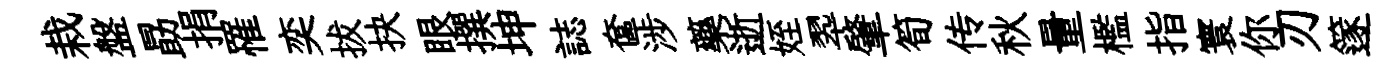
栽盤勗捐罹奕拔抉眼撰坤誌奩涉藥逝姪翆肇筍传秋量檻指寰你刃篴